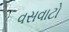
વસવાટો